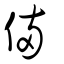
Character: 倆